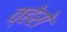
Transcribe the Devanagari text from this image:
व्हेरो